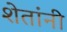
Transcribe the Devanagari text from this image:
शेतांनी